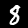
Digit: 8